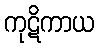
ကုဋိကာယ